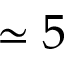
\simeq 5